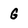
Character: g